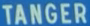
TANGER